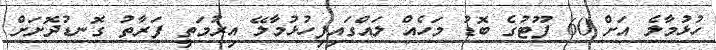
ހުޅުމާލެ އަށް 60 ފޫޓުގެ ބޮޑު މަހެއް ލައްގައިފިހުޅުމާލޭ އިރުމަތީ ފަރާތު ގޮނޑުދޮށަށް